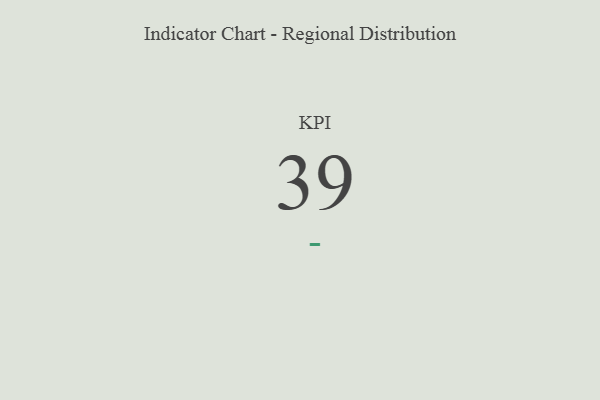
{"axis": {"x": "KPI", "y": "Value"}, "legend": [""], "data": [{"x": "KPI", "y": 39, "type": ""}]}